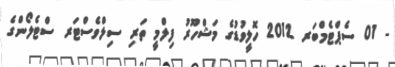
- 01 ސެޕްޓެމްބަރ 2012 ހޮލީވުޑުގެ މަޝްހޫރު ފިލްމީ ތަރި ސިލްވެސްޓަރ ސްޓެލޯންގެ